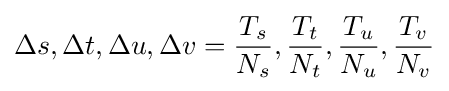
\Delta s,\Delta t,\Delta u,\Delta v={\frac {T_{s}}{N_{s}}},{\frac {T_{t}}{N_{t}}},{\frac {T_{u}}{N_{u}}},{\frac {T_{v}}{N_{v}}}